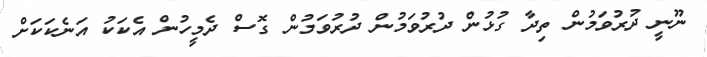
ނޫނީ ދުރުވަމުން ތިދާ ގުޅުން ދުރުވަމުން ދުރުވަމުން ގޮސް ދެމީހުން އެކަކު އަނެކަކަށް